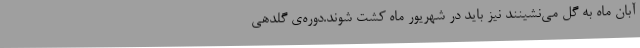
آبان ماه به گل می‌نشینند نیز باید در شهریور ماه کشت شوند.دوره‌ی گلدهی